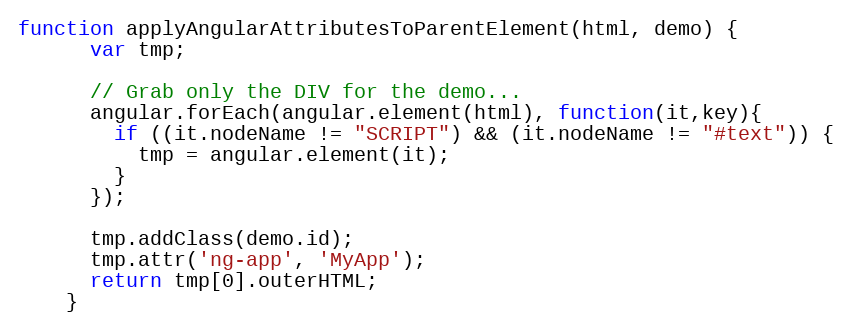
Language: JavaScript
function applyAngularAttributesToParentElement(html, demo) {
      var tmp;

      // Grab only the DIV for the demo...
      angular.forEach(angular.element(html), function(it,key){
        if ((it.nodeName != "SCRIPT") && (it.nodeName != "#text")) {
          tmp = angular.element(it);
        }
      });

      tmp.addClass(demo.id);
      tmp.attr('ng-app', 'MyApp');
      return tmp[0].outerHTML;
    }